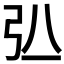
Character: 𢎲